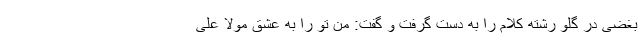
بغضی در گلو رشته کلام را به دست گرفت و گفت: من تو را به عشق مولا علی